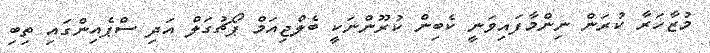
މުޒާހަރާ ކުރަން ނިންމާފައިވަނީ ކެބިން ކުރޫންނަކީ ބެލްޖިއަމް ޕޯޗުގަލް އަދި ސްޕެއިންގައި ތިބި